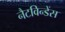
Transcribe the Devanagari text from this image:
नैटविन्डेंस